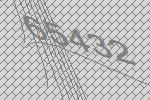
65432